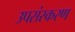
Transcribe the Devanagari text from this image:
उपसंस्करण